Vaccination in Burma 1920-1933 - 1920-1933
Year: 1920
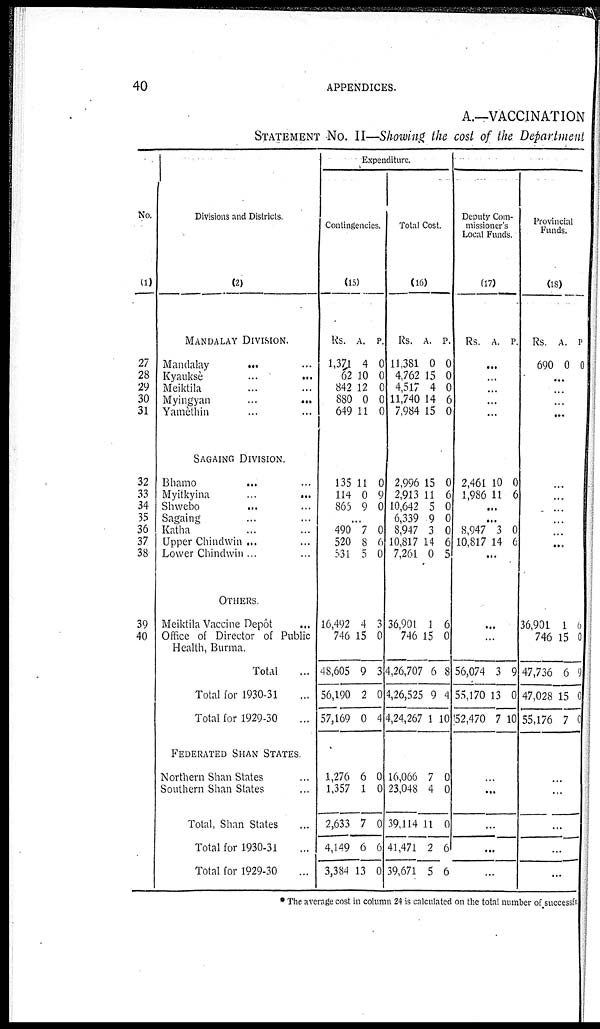
40
APPENDICES.
A.—VACCINATION
STATEMENT No. II—Showing the cost of the Department
No.
(1)
27
28
29
30
31
32
33
34
35
36
37
38
39
40
Divisions and Districts.
(2)
MANDALAY DIVISION.
Mandalay ... ...
Kyauksè
...
...
Meiktila ... ...
Myingyan
...
...
Yamèthin ... ...
SAGAING DIVISION.
Bhamo
...
...
Myitkyina
...
...
Shwebo ... ...
Sagaing ... ...
Katha ... ...
Upper Chindwin ... ...
Lower Chindwin ... ...
OTHERS.
Meiktila Vaccine Depôt ...
Office of Director of Public
Health, Burma.
Total ...
Total for 1930-31 ...
Total for 1929-30 ...
FEDERATED SHAN STATES.
Northern Shan States ...
Southern Shan Slates ...
Total Shan States ...
Total for 1930-31 ...
Total for 1929-30 ...
Expenditure.
Contingencies.
(15)
Rs.
1,371
62
842
880
649
A.
4
10
12
0
11
P.
0
0
0
0
0
135
114
865
11
0
9
0
9
0
...
490
520
531
7
8
5
0
6
0
16,492
746
48,605
56,190
57,169
4
15
9
2
0
3
0
3
0
4
1,276
1,357
2,633
4,149
3,384
6
1
7
6
13
0
0
0
6
0
Total Cost.
(16)
Rs.
11,381
4,762
4,517
11,740
7,984
A.
0
15
4
14
15
P.
0
0
0
6
0
2,996
2,913
10,642
6,339
8,947
10,817
7,261
15
11
5
9
3
14
0
0
6
0
0
0
6
5
36,901
746
4,26,707
4,26,525
4,24,267
1
15
6
9
1
6
0
8
4
10
16,066
23,048
39,114
41,471
39,671
7
4
11
2
5
0
0
0
6
6
Deputy Com-
missioner's
Local Funds.
(17)
Rs. A. P.
...
...
...
...
...
2,461
1,986
10
11
0
6
...
...
8,947
10,817
3
14
0
6
...
...
...
56,074
55,170
52,470
3
13
7
9
0
10
...
...
...
...
...
Provincial
Funds.
(18)
Rs.
690
A.
0
P
0
...
...
...
...
...
...
...
...
...
...
...
36,901
746
47,736
47,028
55,176
1
15
6
15
7
6
0
9
0
0
...
...
...
...
...
* The average cost in column 24 is calculated on the total number of successful